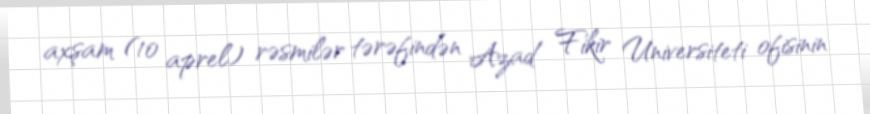
axşam (10 aprel) rəsmilər tərəfindən Azad Fikir Universiteti ofisinin